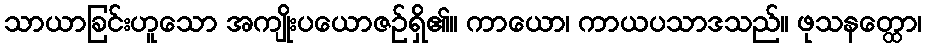
သာယာခြင်းဟူသော အကျိုးပယောဇဉ်ရှိ၏။ ကာယော၊ ကာယပသာဒသည်။ ဖုသနတ္ထော၊